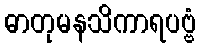
ဓာတုမနသိကာရပဗ္ဗံ